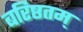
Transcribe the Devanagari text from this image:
बरिष्ठतम्